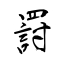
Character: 罸